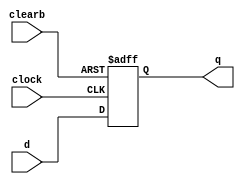
module dff_async_clear(d, clearb, clock, q);
input d, clearb, clock;
output q;
reg q;
always @ (negedge clearb or posedge clock)
begin
if (!clearb) q <= 1'b0;
else q <= d;
end
endmodule